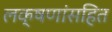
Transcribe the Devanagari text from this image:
लक्षणांसहित